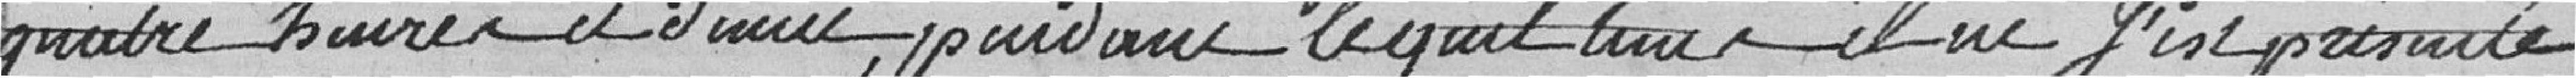
quatre heures et demie, pendant lequel temps,  il ne fut présents